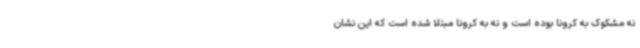
نه مشکوک به کرونا بوده است و نه به کرونا مبتلا شده است که این نشان